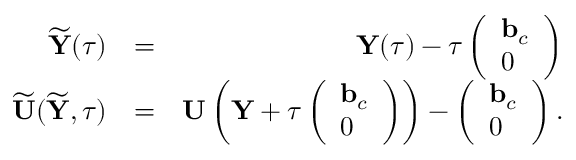
\begin{array} { r l r } { \widetilde { { \mathbf Y } } ( \tau ) } & { = } & { { \mathbf Y } ( \tau ) - \tau \left( \begin{array} { l } { { \mathbf b } _ { c } } \\ { 0 } \end{array} \right) } \\ { \widetilde { { \mathbf U } } ( \widetilde { { \mathbf Y } } , \tau ) } & { = } & { { \mathbf U } \left( { \mathbf Y } + \tau \left( \begin{array} { l } { { \mathbf b } _ { c } } \\ { 0 } \end{array} \right) \right) - \left( \begin{array} { l } { { \mathbf b } _ { c } } \\ { 0 } \end{array} \right) . } \end{array}